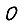
Digit: 0